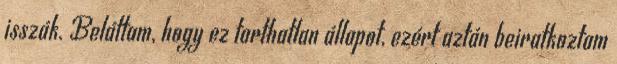
isszák. Beláttam, hogy ez tarthatlan állapot, ezért aztán beiratkoztam